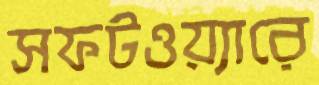
সফটওয়্যারে